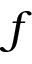
f